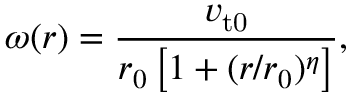
\omega ( r ) = \frac { v _ { \mathrm { t 0 } } } { r _ { 0 } \left[ 1 + ( r / r _ { 0 } ) ^ { \eta } \right] } ,